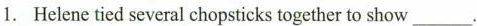
1. Helene tied several chopsticks together to show___ .